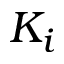
K _ { i }